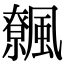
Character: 𩙂